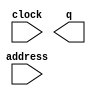
// megafunction wizard: %ROM: 1-PORT%VBB%
// GENERATION: STANDARD
// VERSION: WM1.0
// MODULE: altsyncram 

// ============================================================
// Megafunction Name(s):
// 			altsyncram
//
// Simulation Library Files(s):
// 			altera_mf
// ============================================================
// ************************************************************
// THIS IS A WIZARD-GENERATED FILE. DO NOT EDIT THIS FILE!
//
// 13.1.0 Build 162 10/23/2013 SJ Web Edition
// ************************************************************

//Copyright (C) 1991-2013 Altera Corporation
//Your use of Altera Corporation's design tools, logic functions 
//and other software and tools, and its AMPP partner logic 
//functions, and any output files from any of the foregoing 
//(including device programming or simulation files), and any 
//associated documentation or information are expressly subject 
//to the terms and conditions of the Altera Program License 
//Subscription Agreement, Altera MegaCore Function License 
//Agreement, or other applicable license agreement, including, 
//without limitation, that your use is for the sole purpose of 
//programming logic devices manufactured by Altera and sold by 
//Altera or its authorized distributors.  Please refer to the 
//applicable agreement for further details.

module rom (
	address,
	clock,
	q);

	input	[13:0]  address;
	input	  clock;
	output	[23:0]  q;
`ifndef ALTERA_RESERVED_QIS
// synopsys translate_off
`endif
	tri1	  clock;
`ifndef ALTERA_RESERVED_QIS
// synopsys translate_on
`endif

endmodule

// ============================================================
// CNX file retrieval info
// ============================================================
// Retrieval info: PRIVATE: ADDRESSSTALL_A NUMERIC "0"
// Retrieval info: PRIVATE: AclrAddr NUMERIC "0"
// Retrieval info: PRIVATE: AclrByte NUMERIC "0"
// Retrieval info: PRIVATE: AclrOutput NUMERIC "0"
// Retrieval info: PRIVATE: BYTE_ENABLE NUMERIC "0"
// Retrieval info: PRIVATE: BYTE_SIZE NUMERIC "8"
// Retrieval info: PRIVATE: BlankMemory NUMERIC "0"
// Retrieval info: PRIVATE: CLOCK_ENABLE_INPUT_A NUMERIC "0"
// Retrieval info: PRIVATE: CLOCK_ENABLE_OUTPUT_A NUMERIC "0"
// Retrieval info: PRIVATE: Clken NUMERIC "0"
// Retrieval info: PRIVATE: IMPLEMENT_IN_LES NUMERIC "0"
// Retrieval info: PRIVATE: INIT_FILE_LAYOUT STRING "PORT_A"
// Retrieval info: PRIVATE: INIT_TO_SIM_X NUMERIC "0"
// Retrieval info: PRIVATE: INTENDED_DEVICE_FAMILY STRING "Cyclone V"
// Retrieval info: PRIVATE: JTAG_ENABLED NUMERIC "0"
// Retrieval info: PRIVATE: JTAG_ID STRING "NONE"
// Retrieval info: PRIVATE: MAXIMUM_DEPTH NUMERIC "0"
// Retrieval info: PRIVATE: MIFfilename STRING "../img.mif"
// Retrieval info: PRIVATE: NUMWORDS_A NUMERIC "16384"
// Retrieval info: PRIVATE: RAM_BLOCK_TYPE NUMERIC "0"
// Retrieval info: PRIVATE: RegAddr NUMERIC "1"
// Retrieval info: PRIVATE: RegOutput NUMERIC "1"
// Retrieval info: PRIVATE: SYNTH_WRAPPER_GEN_POSTFIX STRING "0"
// Retrieval info: PRIVATE: SingleClock NUMERIC "1"
// Retrieval info: PRIVATE: UseDQRAM NUMERIC "0"
// Retrieval info: PRIVATE: WidthAddr NUMERIC "14"
// Retrieval info: PRIVATE: WidthData NUMERIC "24"
// Retrieval info: PRIVATE: rden NUMERIC "0"
// Retrieval info: LIBRARY: altera_mf altera_mf.altera_mf_components.all
// Retrieval info: CONSTANT: ADDRESS_ACLR_A STRING "NONE"
// Retrieval info: CONSTANT: CLOCK_ENABLE_INPUT_A STRING "BYPASS"
// Retrieval info: CONSTANT: CLOCK_ENABLE_OUTPUT_A STRING "BYPASS"
// Retrieval info: CONSTANT: INIT_FILE STRING "../img.mif"
// Retrieval info: CONSTANT: INTENDED_DEVICE_FAMILY STRING "Cyclone V"
// Retrieval info: CONSTANT: LPM_HINT STRING "ENABLE_RUNTIME_MOD=NO"
// Retrieval info: CONSTANT: LPM_TYPE STRING "altsyncram"
// Retrieval info: CONSTANT: NUMWORDS_A NUMERIC "16384"
// Retrieval info: CONSTANT: OPERATION_MODE STRING "ROM"
// Retrieval info: CONSTANT: OUTDATA_ACLR_A STRING "NONE"
// Retrieval info: CONSTANT: OUTDATA_REG_A STRING "CLOCK0"
// Retrieval info: CONSTANT: WIDTHAD_A NUMERIC "14"
// Retrieval info: CONSTANT: WIDTH_A NUMERIC "24"
// Retrieval info: CONSTANT: WIDTH_BYTEENA_A NUMERIC "1"
// Retrieval info: USED_PORT: address 0 0 14 0 INPUT NODEFVAL "address[13..0]"
// Retrieval info: USED_PORT: clock 0 0 0 0 INPUT VCC "clock"
// Retrieval info: USED_PORT: q 0 0 24 0 OUTPUT NODEFVAL "q[23..0]"
// Retrieval info: CONNECT: @address_a 0 0 14 0 address 0 0 14 0
// Retrieval info: CONNECT: @clock0 0 0 0 0 clock 0 0 0 0
// Retrieval info: CONNECT: q 0 0 24 0 @q_a 0 0 24 0
// Retrieval info: GEN_FILE: TYPE_NORMAL rom.v TRUE
// Retrieval info: GEN_FILE: TYPE_NORMAL rom.inc FALSE
// Retrieval info: GEN_FILE: TYPE_NORMAL rom.cmp FALSE
// Retrieval info: GEN_FILE: TYPE_NORMAL rom.bsf TRUE FALSE
// Retrieval info: GEN_FILE: TYPE_NORMAL rom_inst.v FALSE
// Retrieval info: GEN_FILE: TYPE_NORMAL rom_bb.v TRUE
// Retrieval info: LIB_FILE: altera_mf